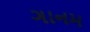
ગાનમ